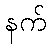
နက်